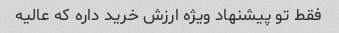
فقط تو پیشنهاد ویژه ارزش خرید داره که عالیه